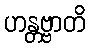
ဟန္တဗ္ဗာတိ